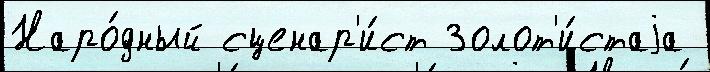
Наро́дный сценар'и́ст Золот'и́стаjа